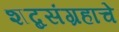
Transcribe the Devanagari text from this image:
शब्दसंग्रहाचे